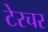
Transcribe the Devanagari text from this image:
टेरचर